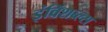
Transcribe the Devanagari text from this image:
इंविंशब्ल्स